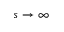
s \to \infty